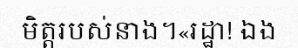
មិត្តរបស់នាង។«រដ្ឋា! ឯង